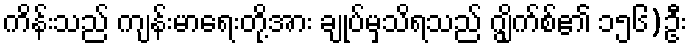
ကိန်းသည် ကျန်းမာရေးတို့အား ချုပ်မှသိရသည် ဂျွိုက်စ်၏ ၁၅၆)ဦး